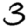
Digit: 3